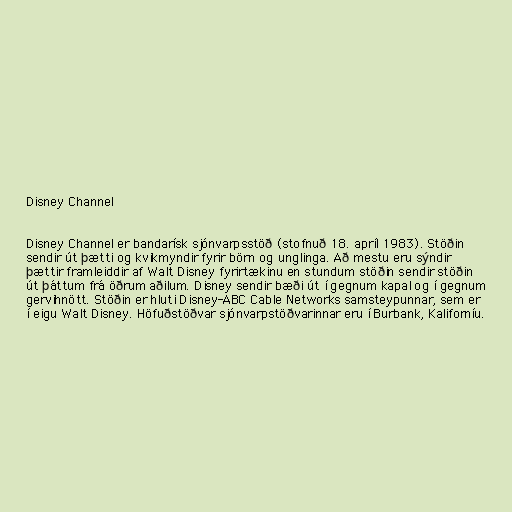
Disney Channel

Disney Channel er bandarísk sjónvarpsstöð (stofnuð 18. apríl 1983). Stöðin
sendir út þætti og kvikmyndir fyrir börn og unglinga. Að mestu eru sýndir
þættir framleiddir af Walt Disney fyrirtækinu en stundum stöðin sendir stöðin
út þáttum frá öðrum aðilum. Disney sendir bæði út í gegnum kapal og í gegnum
gervihnött. Stöðin er hluti Disney-ABC Cable Networks samsteypunnar, sem er
í eigu Walt Disney. Höfuðstöðvar sjónvarpstöðvarinnar eru í Burbank, Kaliforníu.